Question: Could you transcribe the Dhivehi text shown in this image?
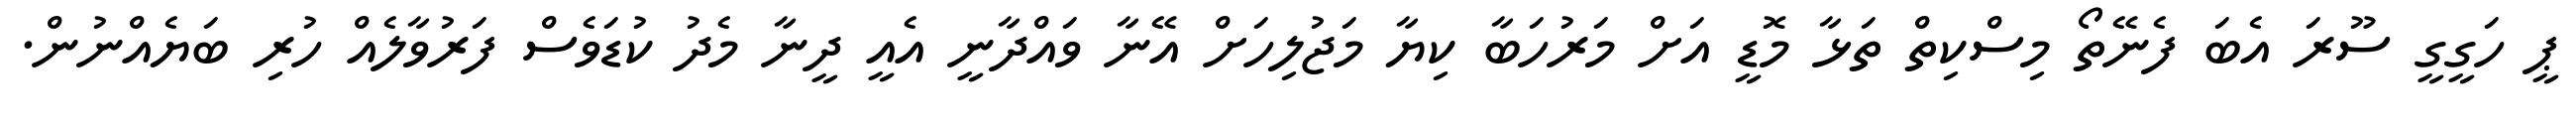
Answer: ޕީ ހަގީގީ ސޫރަ އެބަ ފެނޭތޯ މިސްކިތް ތަޅާ މޮޑީ އަށް މަރުހަބާ ކިޔާ މަޖުލިހަށް އޭނާ ވައްދާނީ އެއީ ދީނާ މެދު ކުޑަވެސް ފަރުވާލެއް ހުރި ބަޔެއްނުން.